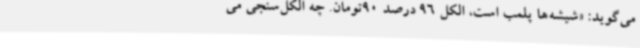
می‌گوید: «شیشه‌ها پلمب است، الکل 96 درصد 90تومان. چه الکل‌سنجی می